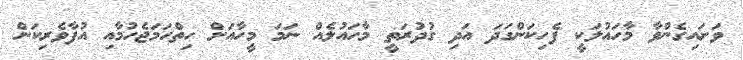
ވަށައިގެންވާ މާހައުލަކީ ފެހިކަންގަދަ އަދި ގުދުރަތީ މާހައުލެއް ނަމަ މީހާއަށް ހިތްހަމަޖެހުމާއި އުފާވެރިކަން